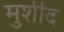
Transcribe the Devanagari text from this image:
मुर्शीद